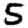
Digit: 5